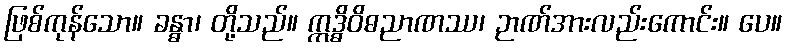
ဖြစ်ကုန်သော။ ခန္ဓာ၊ တို့သည်။ ဣဒ္ဓိဝိဓညာဏဿ၊ ဉာဏ်အားလည်းကောင်း။ ပေ။